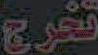
تخرج